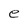
Character: e